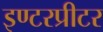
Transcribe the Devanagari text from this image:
इण्टरप्रीटर